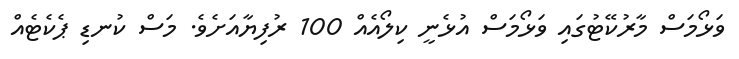
ވަޅޯމަސް މާރުކޭޓުގައި ވަޅޯމަސް އުޅެނީ ކިލޯއެއް 100 ރުފިޔާއަށެވެ. މަސް ކުނޑި ޕެކެޓެއް